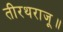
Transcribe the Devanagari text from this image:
तीरथराजू॥